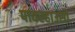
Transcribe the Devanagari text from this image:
पावरहाउसों